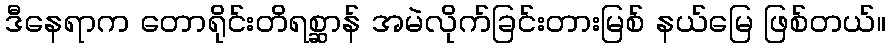
ဒီနေရာက တောရိုင်းတိရစ္ဆာန် အမဲလိုက်ခြင်းတားမြစ် နယ်မြေ ဖြစ်တယ်။